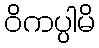
ဝိကပ္ပါမိ